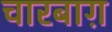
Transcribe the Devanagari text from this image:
चारबाग़